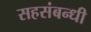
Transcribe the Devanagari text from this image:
सहसंबन्धी